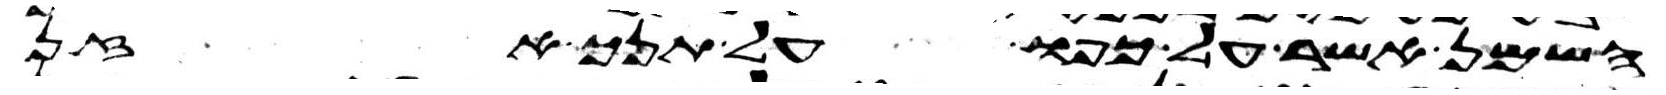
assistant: השמן אשר על כפו על תנך אזן